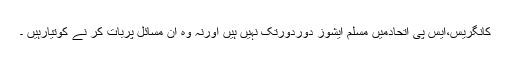
کانگریس،ایس پی اتحادمیں مسلم ایشوز دوردورتک نہیں ہیں اورنہ وہ ان مسائل پربات کر نے کوتیارہیں ۔